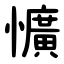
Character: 懭